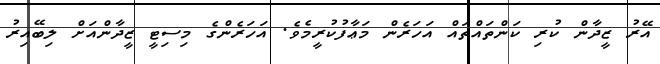
އޭރު ޒީދާން ކުރި ކަންތައްތައް އަހަރެން މަޢާފުކުރީމެވެ. އަހަރެންގެ މިސިޓީ ޒީދާންއަށް ލިބޭއިރު